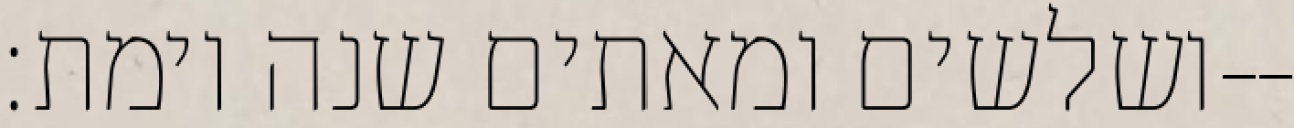
ושלשים ומאתים שנה וימת׃--